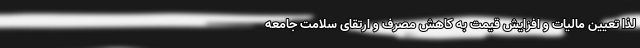
لذا تعیین مالیات و افزایش قیمت به کاهش مصرف و ارتقای سلامت جامعه